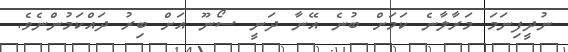
ނުދީފިނަމަ މަރާލާނެ ކަމަށް ބުނެ އޭނާ ދަނީ ސޯނޫ އަށް ބިރު ދައްކަމުންނެވެ.